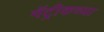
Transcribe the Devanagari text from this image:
मॅट्रीकच्या